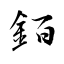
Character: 銆